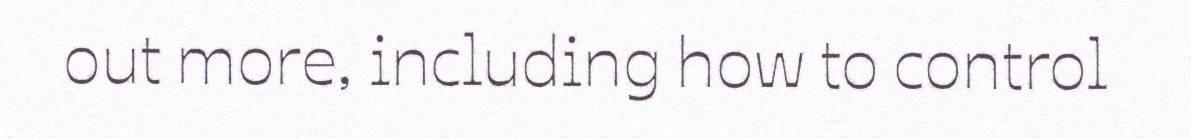
out more, including how to control